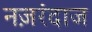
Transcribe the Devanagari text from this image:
नज़रंदाज